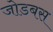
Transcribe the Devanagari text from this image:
जोडबस